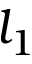
l _ { 1 }